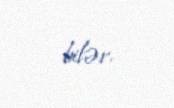
bilər.